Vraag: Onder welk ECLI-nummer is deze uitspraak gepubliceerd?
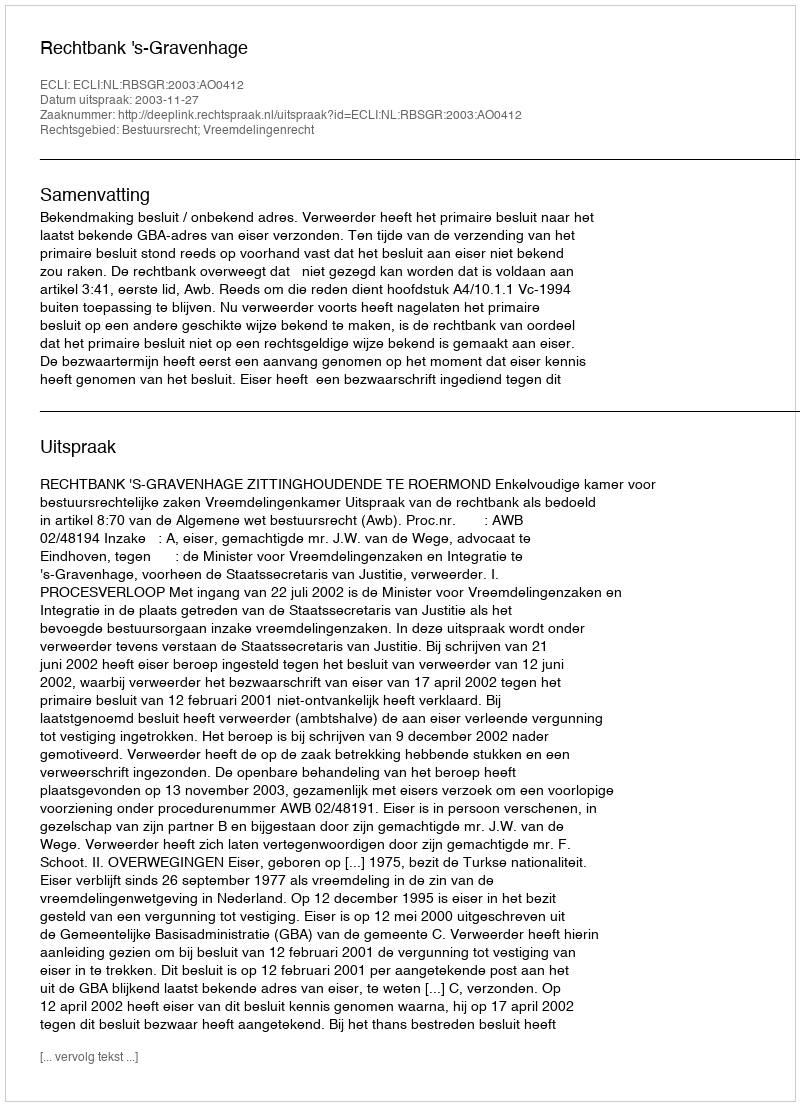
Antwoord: ECLI:NL:RBSGR:2003:AO0412